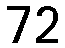
72